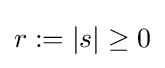
{\textstyle r:=|s|\geq 0}